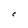
Character: C